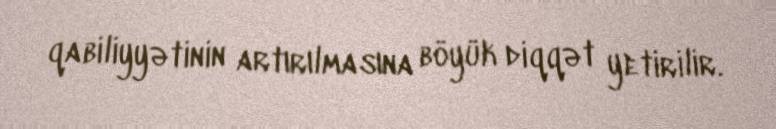
qabiliyyətinin artırılmasına böyük diqqət yetirilir.